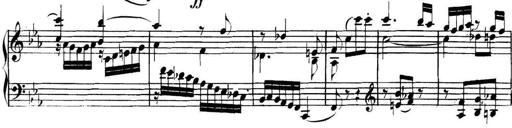
Title: Collected Piano Sonatas
Composer: Muzio Clementi